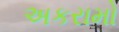
અકરામો